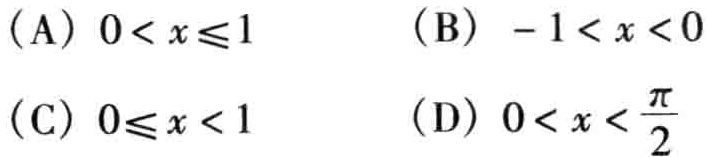
(A) \(0 < x\leqslant1\)
(B) \(-1 < x < 0\)
(C) \(0\leqslant x < 1\)
(D) \(0 < x < \frac{\pi}{2}\)